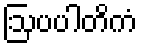
ဩပပါတိကံ